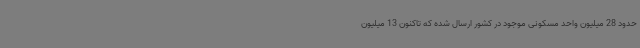
حدود 28 میلیون واحد مسکونی موجود در کشور ارسال شده که تاکنون 13 میلیون